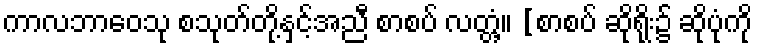
ကာလဘာဝေသု စသုတ်တို့နှင့်အညီ စာစပ် လတ္တံ့။ [စာစပ် ဆိုရိုး၌ ဆိုပုံကို